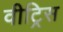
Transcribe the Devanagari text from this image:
वीट्रिस